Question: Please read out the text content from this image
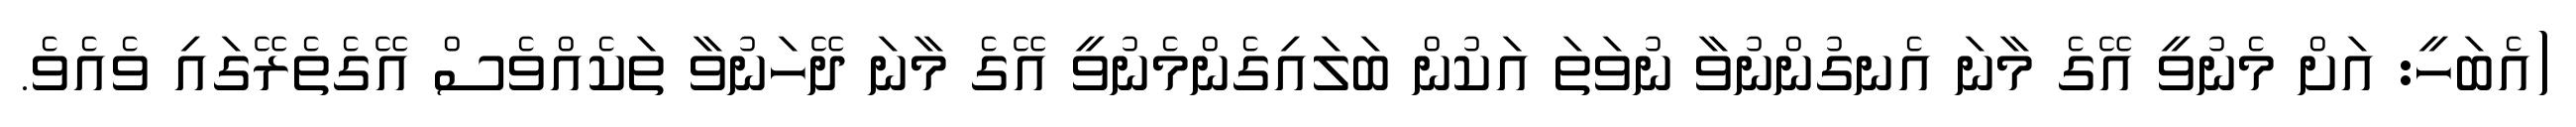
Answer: (އެބަހީ: އަށް މެނުވީ އޭގެ މާނަ އެނގުންނުވާ ނުވަތަ އަކުން ބަލައިގެންމެނުވީ އޭގެ މާނަ ދޭހަނުވާ ތަކެއްވެސް އޭގެތެރޭގައި ވެއެވެ.